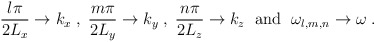
\begin{align*}\frac{l\pi}{2L_x}\to k_x \; , \; \frac{m\pi}{2L_y}\to k_y \; , \; \frac{n\pi}{2L_z}\to k_z \; \mbox{ and } \; \omega_{l,m,n}\to\omega \; .\end{align*}